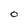
Character: O